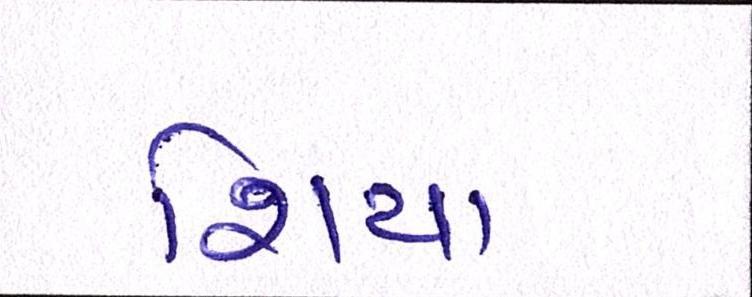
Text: શિયા